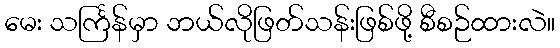
မေး သင်္ကြန်မှာ ဘယ်လိုဖြတ်သန်းဖြစ်ဖို့ စီစဉ်ထားလဲ။